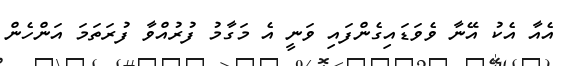
އެއާ އެކު އޭނާ ވެވަޑައިގެންފައި ވަނީ އެ މަގާމު ފުރުއްވާ ފުރަތަމަ އަންހެން